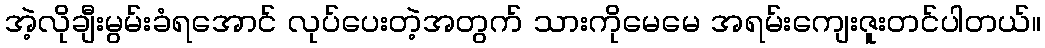
အဲ့လိုချီးမွမ်းခံရအောင် လုပ်ပေးတဲ့အတွက် သားကိုမေမေ အရမ်းကျေးဇူးတင်ပါတယ်။